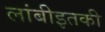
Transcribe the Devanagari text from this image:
लांबीइतकी